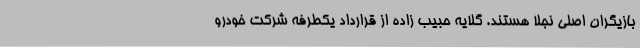
بازیگران اصلی نجلا هستند. گلایه حبیب زاده از قرارداد یکطرفه شرکت خودرو